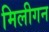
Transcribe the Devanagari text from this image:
मिलीगन